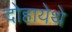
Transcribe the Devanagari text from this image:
दोहायेथे